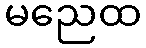
မညေထ